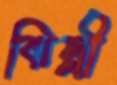
ঝিল্লী